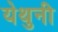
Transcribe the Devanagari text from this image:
येथुनी